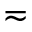
\eqsim